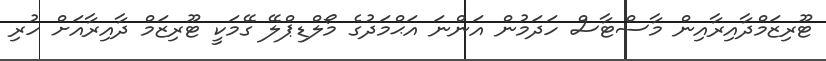
ޓޫރިޒަމްދާއިރާއިން މާސްޓާސް ހަދަމުން އަންނަ އަޙްމަދުގެ މޯލްޑިޕްލޭ ގޭމަކީ ޓޫރިޒަމް ދާއިރާއަށް ހުރި